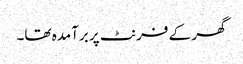
گھر کے فرنٹ پر برآمدہ تھا۔